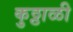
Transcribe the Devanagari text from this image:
कुठ्ठाळी